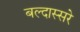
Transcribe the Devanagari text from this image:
बल्दास्सरे